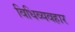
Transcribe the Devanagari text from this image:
विधिव्यवहार